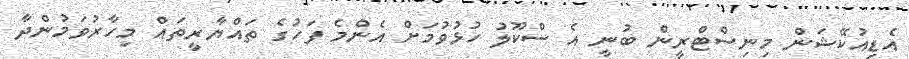
އެޑިއުކޭޝަން މިނިސްޓްރީން ބުނީ އެ ސްކޫލު ހުޅުވުމަށް އެންމެ ފަހުގެ ތައްޔާރީތައް މިހާރުވަމުންދާ